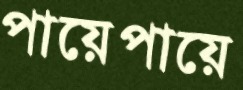
পায়েপায়ে